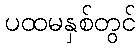
ပထမနှစ်တွင်